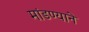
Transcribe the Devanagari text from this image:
मांडण्याने